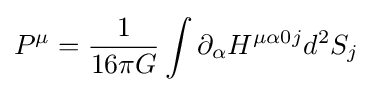
P^{\mu }={1 \over 16\pi G}\int \partial _{\alpha }H^{\mu \alpha 0j}d^{2}S_{j}